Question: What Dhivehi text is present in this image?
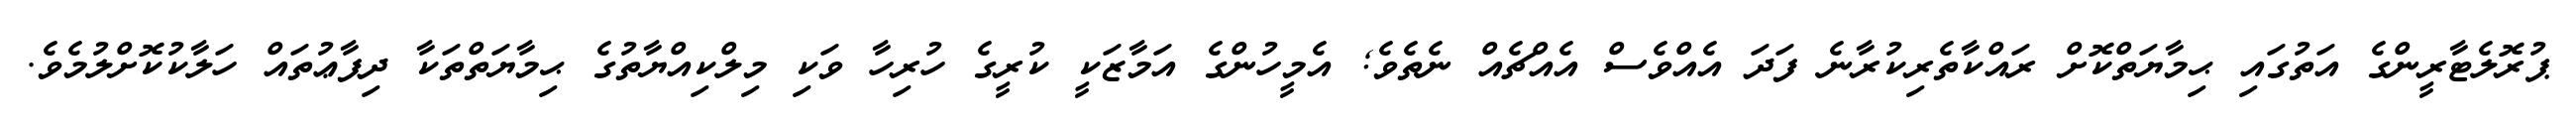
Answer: ޕުރޮލެޓާރީންގެ އަތުގައި ޙިމާޔަތްކޮށް ރައްކާތެރިކުރާނެ ފަދަ އެއްވެސް އެއްޗެއް ނެތެވެ; އެމީހުންގެ އަމާޒަކީ ކުރީގެ ހުރިހާ ވަކި މިލްކިއްޔާތުގެ ޙިމާޔަތްތަކާ ދިފާޢުތައް ހަލާކުކޮށްލުމެވެ.